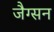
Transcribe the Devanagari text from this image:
जैग्सन